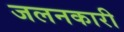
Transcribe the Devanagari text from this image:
जलनकारी